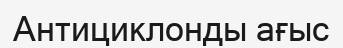
Антициклонды ағыс